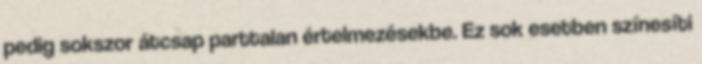
pedig sokszor átcsap parttalan értelmezésekbe. Ez sok esetben színesíti